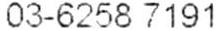
03-6258 7191